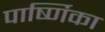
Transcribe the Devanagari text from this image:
पार्ष्णिका